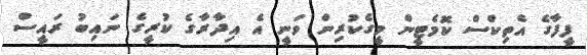
ފީފާގެ އެތިކްސް ކޮމެޓީން މީގެކުރިން ވަނީ އެ އިދާރާގެ ކުރީގެ ނައިބު ރައީސް